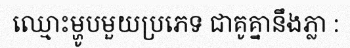
ឈ្មោះម្ហូបមួយប្រភេទ ជាគូគ្នានឹងភ្លា :